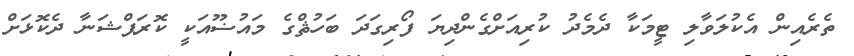
ތެރެއިން އެކުލަވާލި ޓީމަކާ ދެމެދު ކުރިއަށްގެންދިޔަ ފޯރިގަދަ ބަހުޘްގެ މައުޟޫއަކީ ކޮރަޕްޝަނާ ދެކޮޅަށް